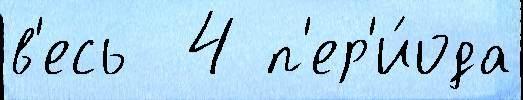
в'есь  4 п'ер'и́ода